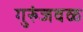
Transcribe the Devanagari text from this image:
गुरुंजवळ